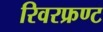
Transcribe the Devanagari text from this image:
रिवरफ्रण्ट